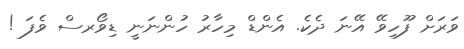
ވަރަށް ފޫހިވޭ އޭނަ ދެކެ. އެންޑް މިހާރު ހުންނަނީ ޑިވޯރސް ވެފަ !